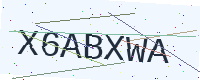
Text: X6ABXWA